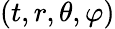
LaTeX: (t,r,\theta,\varphi)